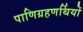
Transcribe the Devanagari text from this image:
पाणिग्रहणर्थियों